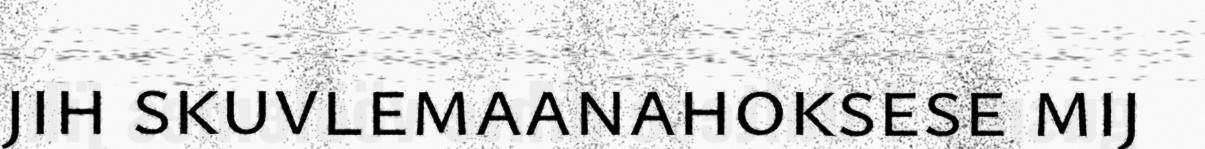
jih skuvlemaanahoksese mij